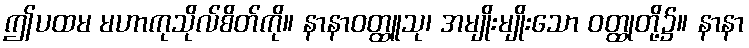
ဤပထမ မဟာကုသိုလ်စိတ်ကို။ နာနာဝတ္ထူသု၊ အမျိုးမျိုးသော ဝတ္ထုတို့၌။ နာနာ